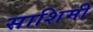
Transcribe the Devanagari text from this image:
साशिमी